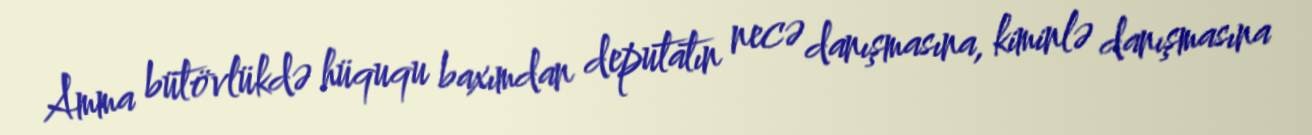
Amma bütövlükdə hüququ baxımdan deputatın necə danışmasına, kiminlə danışmasına